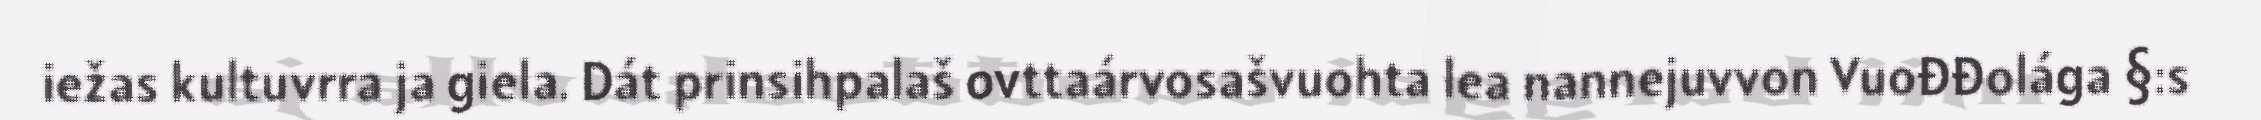
iežas kultuvrra ja giela. Dát prinsihpalaš ovttaárvosašvuohta lea nannejuvvon Vuođđolága §:s